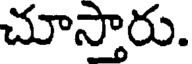
చూస్తారు.